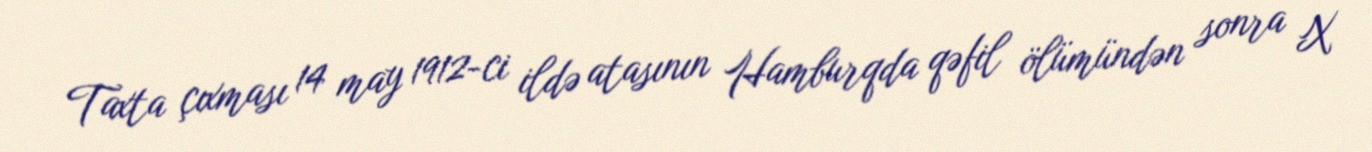
Taxta çıxması 14 may 1912-ci ildə atasının Hamburqda qəfil ölümündən sonra X